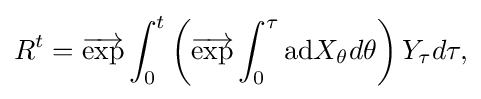
\displaystyle {R^{t}={\overrightarrow {\mathrm {exp} }}\int _{0}^{t}\left({\overrightarrow {\mathrm {exp} }}\int _{0}^{\tau }\mathrm {ad} X_{\theta }d\theta \right)Y_{\tau }d\tau ,}